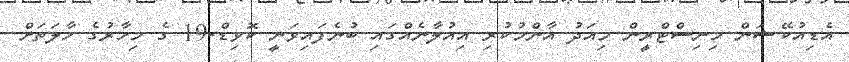
އެޑިއުކޭޝަން މިނިސްޓްރީން މިއަދު އާންމުކުރި އިއުލާނެއްގައި ބުނެފައިވަނީ ކޮވިޑް-19 ގެ މިހާރުގެ ހާލަތަށް